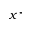
x ^ { \star }